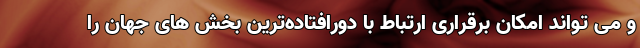
و می تواند امکان برقراری ارتباط با دورافتاده‌ترین بخش های جهان را